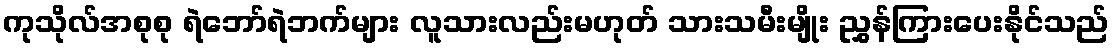
ကုသိုလ်အစုစု ရဲဘော်ရဲဘက်များ လူသားလည်းမဟုတ် သားသမီးမျိုး ညွှန်ကြားပေးနိုင်သည်